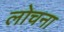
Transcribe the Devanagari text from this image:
लोचना